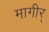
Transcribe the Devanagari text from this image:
मागीर्